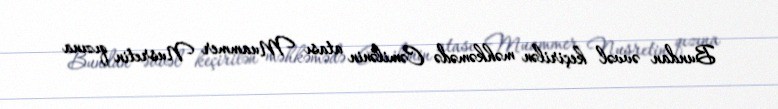
Bundan əvvəl keçirilən məhkəmədə Cəmilənin atası Muammer Nusretin qızına